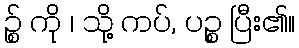
ဉ္စ် ကို ၊ သို့ ကပ်, ပဉ္စ ပြီး၏။